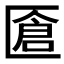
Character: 𠥐